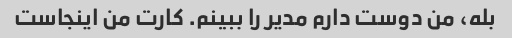
بله، من دوست دارم مدیر را ببینم. کارت من اینجاست